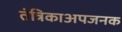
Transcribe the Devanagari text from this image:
तंत्रिकाअपजनक